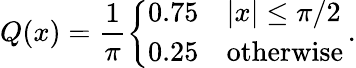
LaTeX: Q(x)=\frac{1}{\pi}\left\{ \begin{array}{ll}{0.75\quad|x|\leq\pi/2}\\ {0.25\quad\mathrm{otherwise}}\end{array}\right.\, .